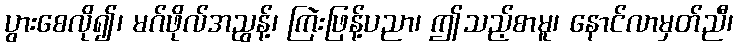
ပွားစေလို၍၊ မဂ်ဖိုလ်အညွန့်၊ ကြဲးဖြန့်ပညာ၊ ဤသည့်စာမူ၊ နောင်လာမှတ်ညီ၊